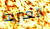
العبرية